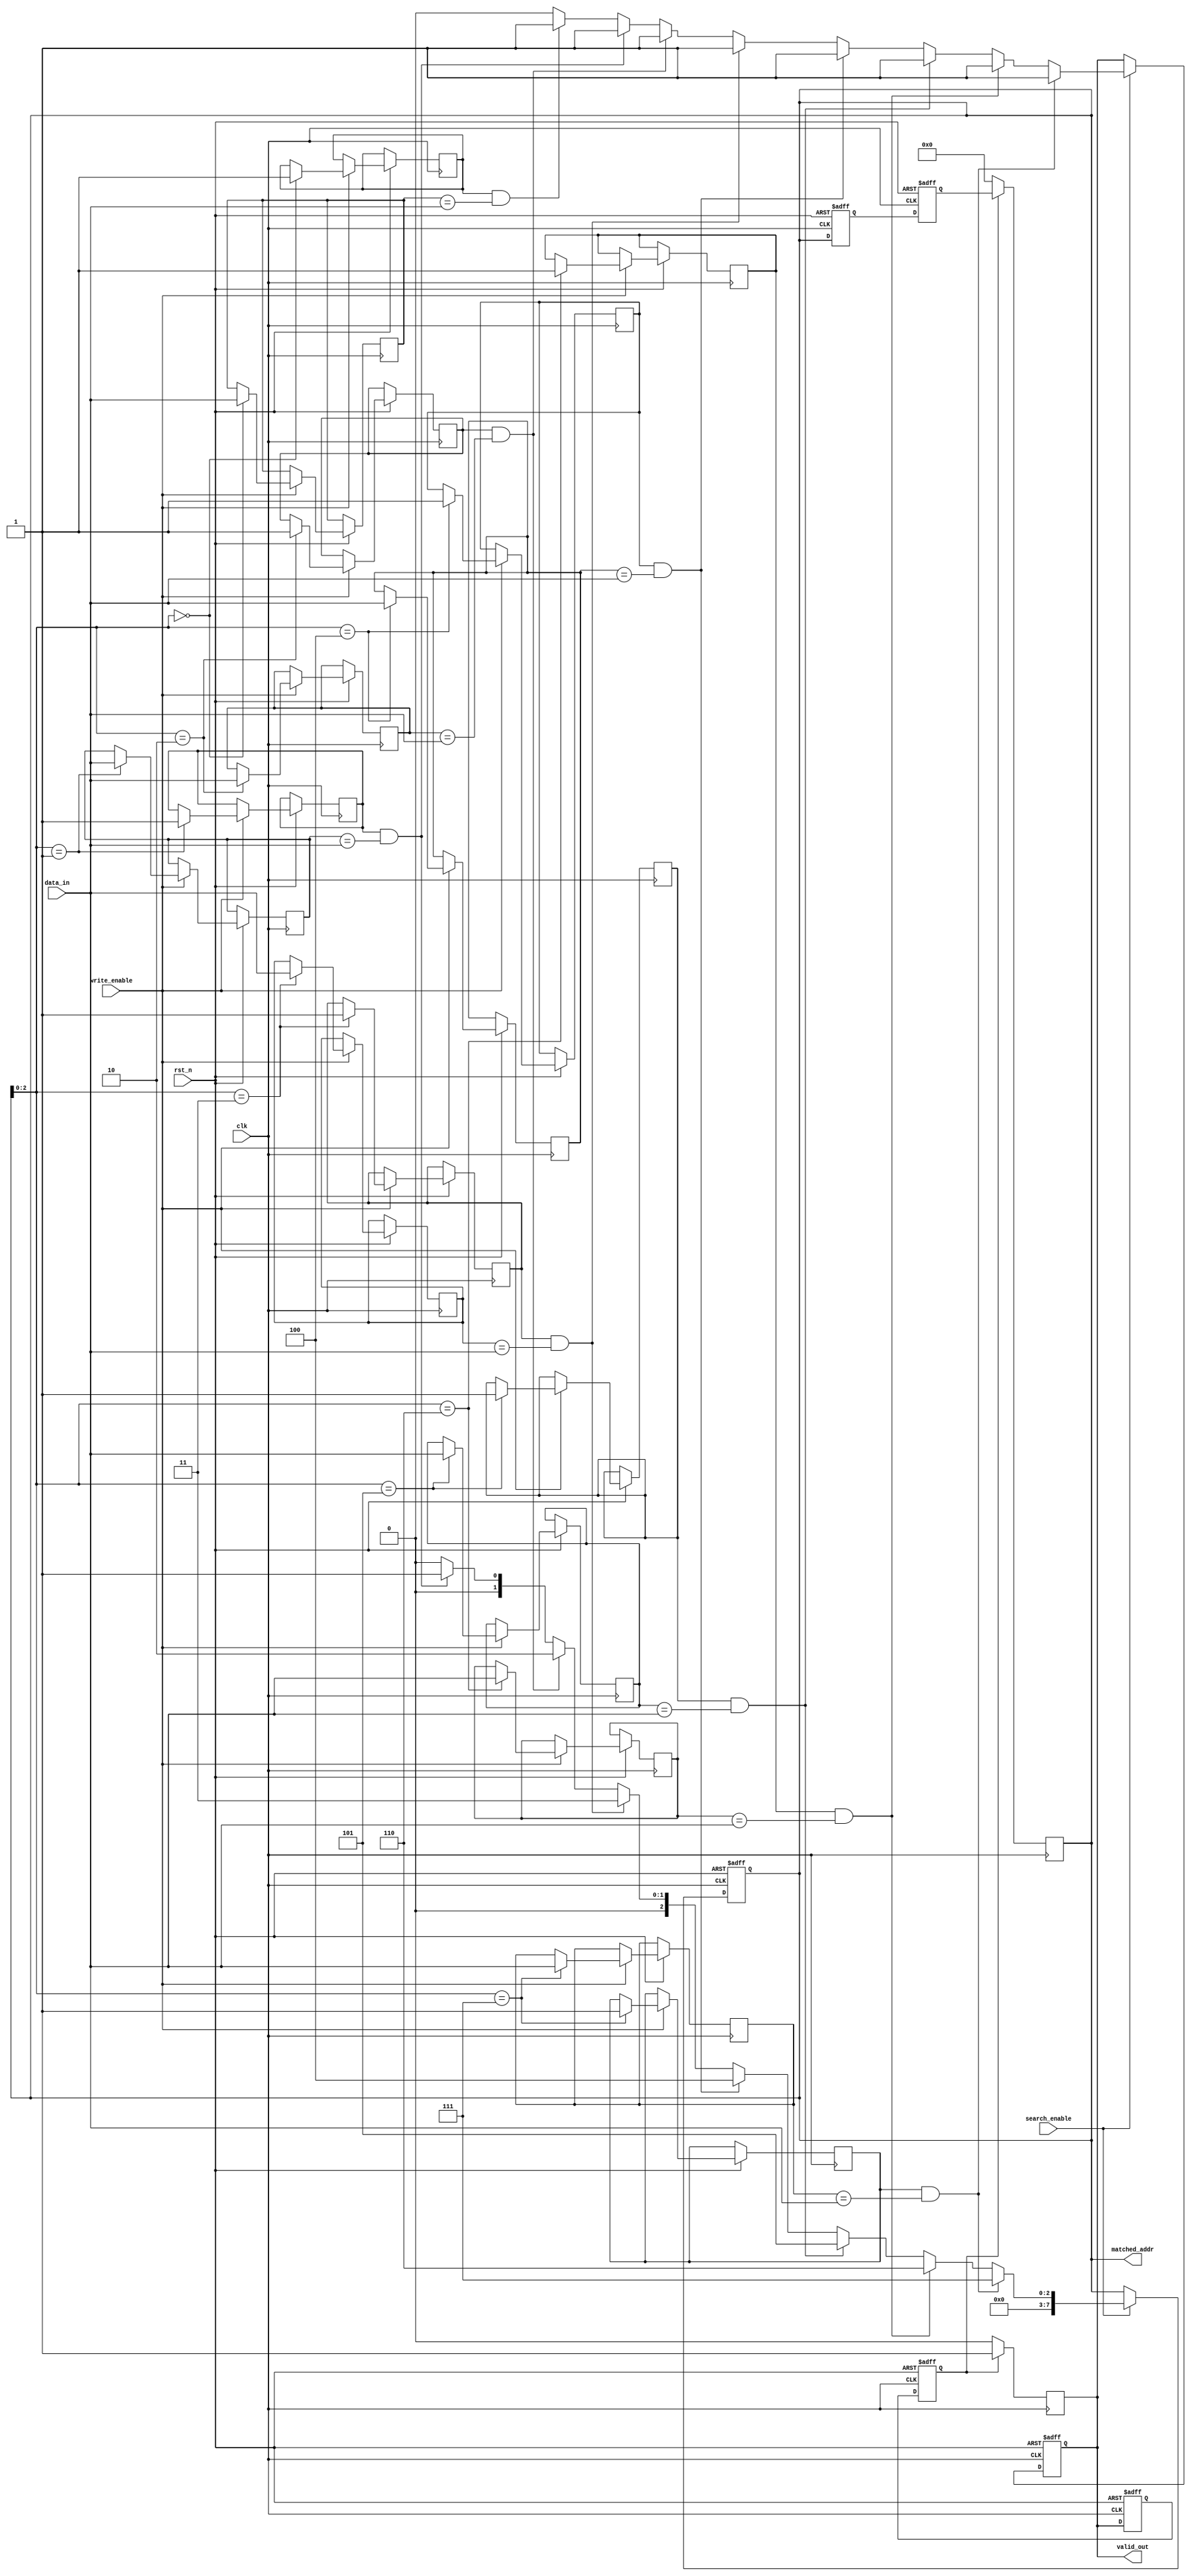
module pipelined_cam #(
    parameter DATA_WIDTH = 32,      // Width of data entries
    parameter ADDR_WIDTH = 8,       // Number of entries in the CAM
    parameter PIPELINE_DEPTH = 2     // Number of pipeline stages
)(
    input wire clk,
    input wire rst_n,
    input wire [DATA_WIDTH-1:0] data_in,
    input wire write_enable,
    input wire search_enable,
    output reg [ADDR_WIDTH-1:0] matched_addr,
    output reg valid_out
);

    // Memory array with valid bits
    reg [DATA_WIDTH-1:0] cam_array [0:ADDR_WIDTH-1];
    reg valid_bits [0:ADDR_WIDTH-1];

    // Pipeline registers
    reg [DATA_WIDTH-1:0] pipeline_reg [0:PIPELINE_DEPTH-1];
    reg [ADDR_WIDTH-1:0] match_addr_reg [0:PIPELINE_DEPTH-1];
    reg valid_reg [0:PIPELINE_DEPTH-1];

    // Search logic
    integer i;
    always @(posedge clk or negedge rst_n) begin
        if (!rst_n) begin
            matched_addr <= 0;
            valid_out <= 0;
            // Reset pipeline registers
            for (i = 0; i < PIPELINE_DEPTH; i = i + 1) begin
                pipeline_reg[i] <= 0;
                match_addr_reg[i] <= 0;
                valid_reg[i] <= 0;
            end
        end else begin
            // Write operation
            if (write_enable) begin
                cam_array[matched_addr] <= data_in;
                valid_bits[matched_addr] <= 1'b1; // Set valid bit
            end

            // Search operation
            if (search_enable) begin
                matched_addr <= 0; // Default to no match
                valid_out <= 0; // Default to invalid output
                for (i = 0; i < ADDR_WIDTH; i = i + 1) begin
                    if (valid_bits[i] && (cam_array[i] == data_in)) begin
                        matched_addr <= i; // Store matched address
                        valid_out <= 1'b1; // Set valid output
                    end
                end
            end

            // Pipeline stages
            for (i = PIPELINE_DEPTH-1; i > 0; i = i - 1) begin
                pipeline_reg[i] <= pipeline_reg[i-1];
                match_addr_reg[i] <= match_addr_reg[i-1];
                valid_reg[i] <= valid_reg[i-1];
            end
            pipeline_reg[0] <= data_in; // Input data to pipeline
            match_addr_reg[0] <= matched_addr; // Store matched address in pipeline
            valid_reg[0] <= valid_out; // Store valid output in pipeline
        end
    end

    // Output logic
    always @(posedge clk) begin
        if (valid_reg[PIPELINE_DEPTH-1]) begin
            matched_addr <= match_addr_reg[PIPELINE_DEPTH-1];
            valid_out <= valid_reg[PIPELINE_DEPTH-1];
        end else begin
            matched_addr <= 0;
            valid_out <= 0;
        end
    end

endmodule